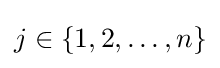
j\in \{1,2,\dots ,n\}